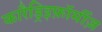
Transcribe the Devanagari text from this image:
कारैड्रिइफ़ॉर्मीज़